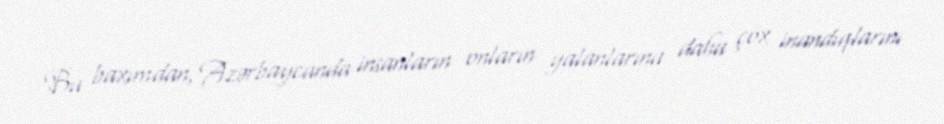
Bu baxımdan, Azərbaycanda insanların onların yalanlarına daha çox inandıqlarını